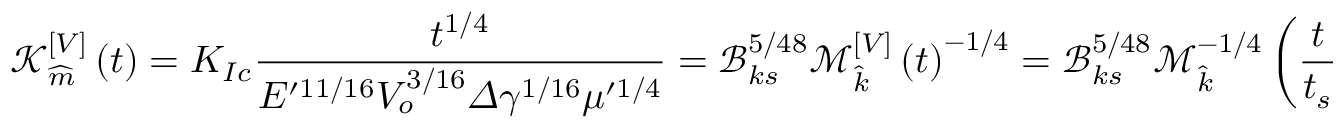
\mathcal { K } _ { \widehat { m } } ^ { [ V ] } \left( t \right) = K _ { I c } \frac { t ^ { 1 / 4 } } { E ^ { \prime 1 1 / 1 6 } V _ { o } ^ { 3 / 1 6 } \varDelta \gamma ^ { 1 / 1 6 } \mu ^ { \prime 1 / 4 } } = \mathcal { B } _ { k s } ^ { 5 / 4 8 } \mathcal { M } _ { \widehat { k } } ^ { [ V ] } \left( t \right) ^ { - 1 / 4 } = \mathcal { B } _ { k s } ^ { 5 / 4 8 } \mathcal { M } _ { \widehat { k } } ^ { - 1 / 4 } \left( \frac { t } { t _ { s } } \right) ^ { 1 / 4 } .